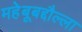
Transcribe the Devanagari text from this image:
महेबूबद्दौल्ला